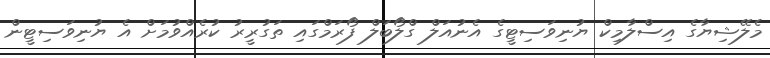
މެލޭޝިޔާގެ އިސްލާމިކް ޔުނިވަސިޓީގެ އެނުއަލް ގްލޯބަލް ފޯރަމްގައި ތަގުރީރު ކުރެއްވުމަށް އެ ޔުނިވަސިޓީން